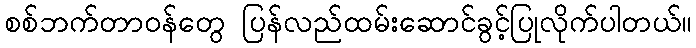
စစ်ဘက်တာဝန်တွေ ပြန်လည်ထမ်းဆောင်ခွင့်ပြုလိုက်ပါတယ်။